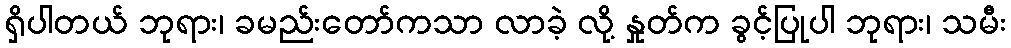
ရှိပါတယ် ဘုရား၊ ခမည်းတော်ကသာ လာခဲ့ လို့ နှုတ်က ခွင့်ပြုပါ ဘုရား၊ သမီး